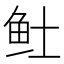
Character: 𬶂